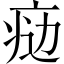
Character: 𤶒